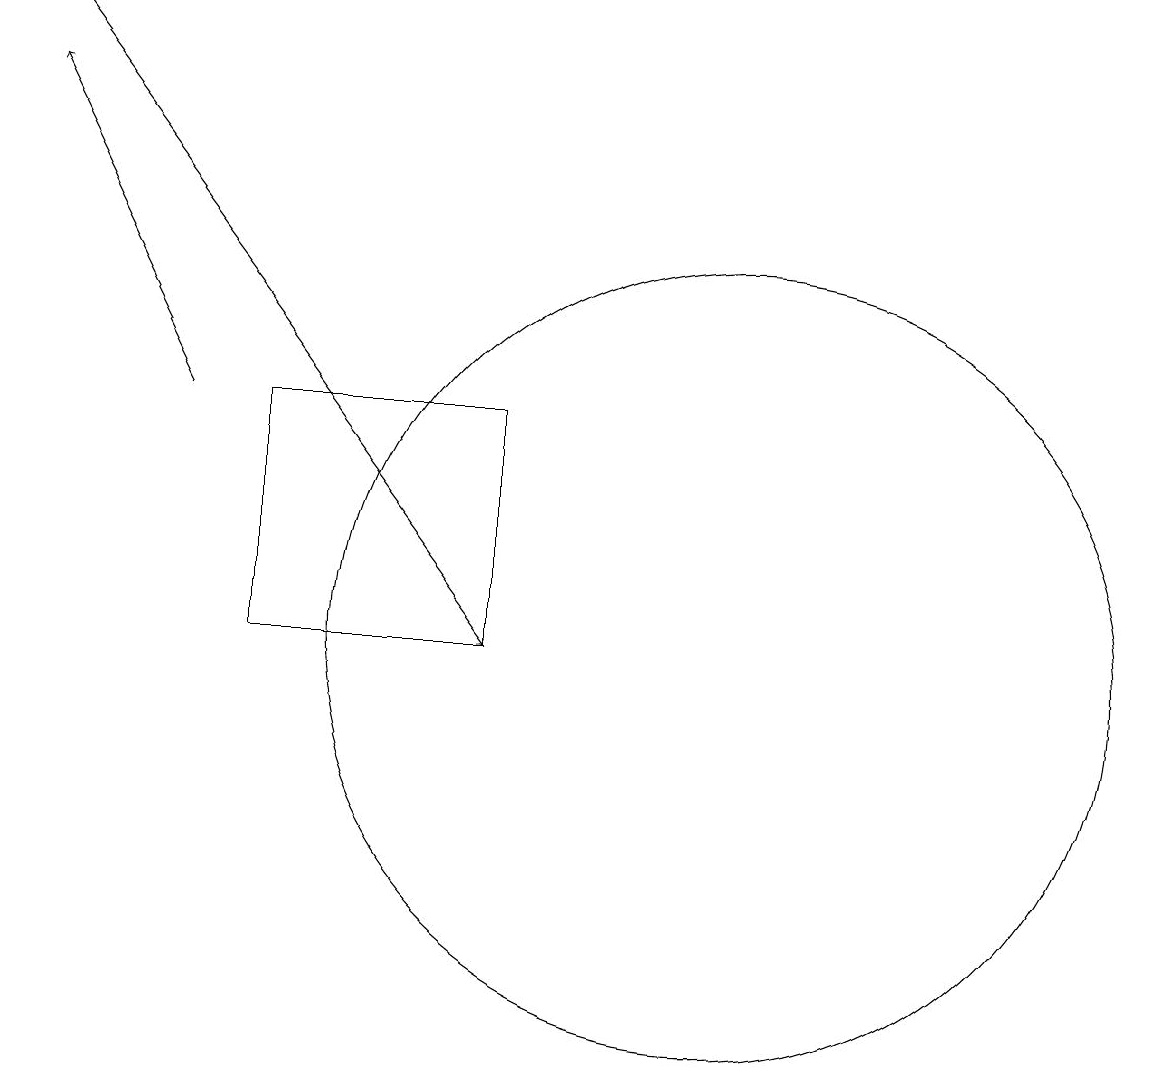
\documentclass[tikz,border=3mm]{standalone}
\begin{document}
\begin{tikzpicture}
\draw (8,10) rectangle (5,13);
\draw[->] (4,13) -- (2,17);
\draw (11,10) circle (5);
\draw[->] (2,18) -- (8,10);
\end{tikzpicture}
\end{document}